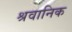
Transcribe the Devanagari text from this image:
श्रवानिक